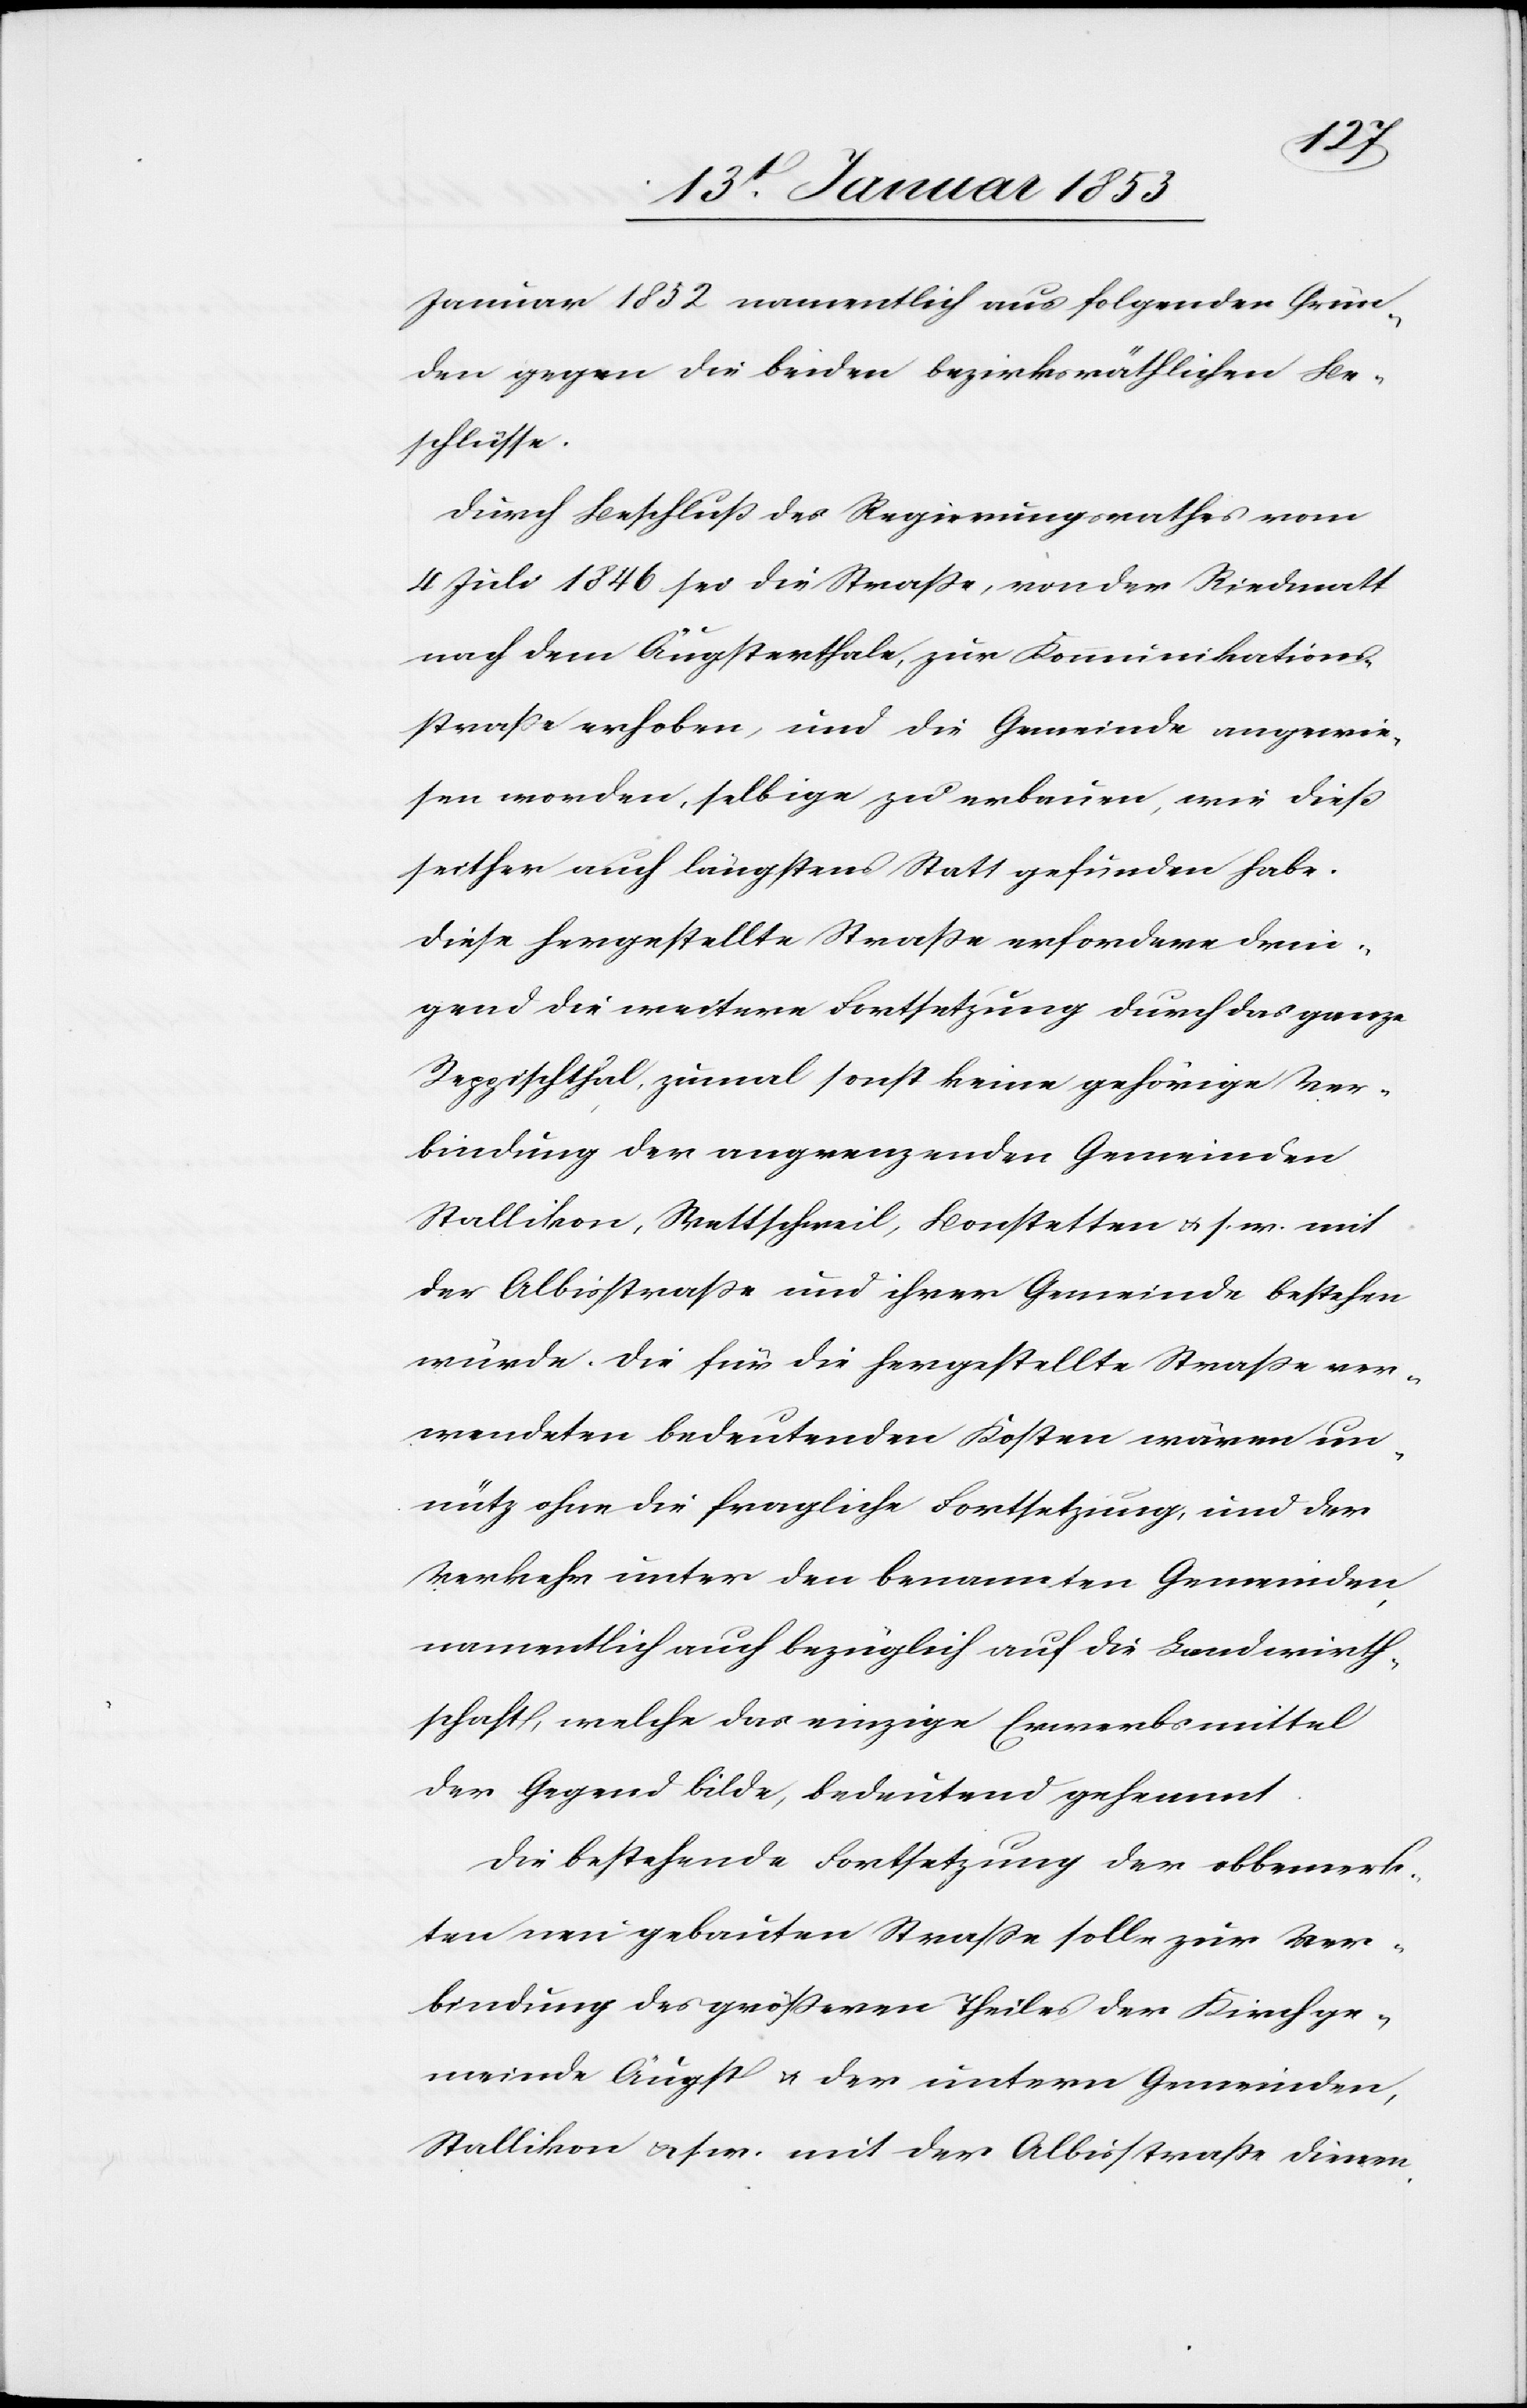
Januar 1852 namentlich aus folgenden Grün¬
den gegen die beiden bezirksräthlichen Be¬
schlüsse.
Durch Beschluß des Regierungsrathes vom
4 Juli 1846 sei die Strasse, von der Riedmatt
nach dem Äugsterthale, zur Kommunikations¬
strasse erhoben, und die Gemeinde angewie¬
sen worden, selbige zu erbauen, wie dieß
seither auch längstens Statt gefunden habe.
Diese hergestellte Strasse erfordere drin¬
gend die weitere Fortsetzung durch das ganze
Reppischthal, zumal sonst keine gehörige Ver¬
bindung der angrenzenden Gemeinden
Stallikon, Wettschweil, Bonstetten u. s. w. mit
der Albisstrasse und ihrer Gemeinde bestehen
würde. Die für die hergestellte Strasse ver¬
wendeten bedeutenden Kosten wären un¬
nütz ohne die fragliche Fortsetzung, und der
Verkehr unter den benannten Gemeinden,
namentlich auch bezüglich auf die Landwirth¬
schaft, welche das einzige Erwerbsmittel
der Gegend bilde, bedeutend gehemmt.
Die bestehende Fortsetzung der obbemerk¬
ten neu gebauten Strasse solle zur Ver¬
bindung des grösseren Theiles der Kirchge¬
meinde Äugst u. der untern Gemeinden,
Stallikon u. s. w. mit der Albisstraße dienen.